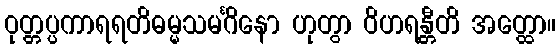
ဝုတ္တပ္ပကာရရတိဓမ္မသမင်္ဂိနော ဟုတွာ ဝိဟရန္တီတိ အတ္ထော။